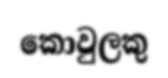
කොවුලකු